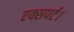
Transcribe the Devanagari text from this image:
एक्सपर्ट।